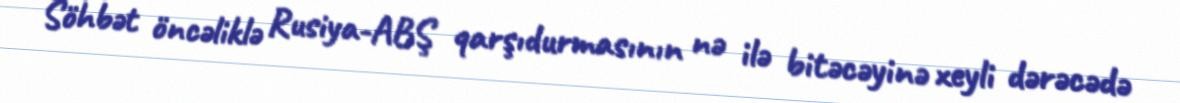
Söhbət öncəliklə Rusiya-ABŞ qarşıdurmasının nə ilə bitəcəyinə xeyli dərəcədə